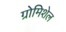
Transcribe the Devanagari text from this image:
ग्रोमिशेल